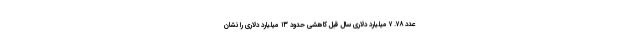
عدد ۷۸. ۷ میلیارد دلاری سال قبل کاهشی حدود ۱۳ میلیارد دلاری را نشان